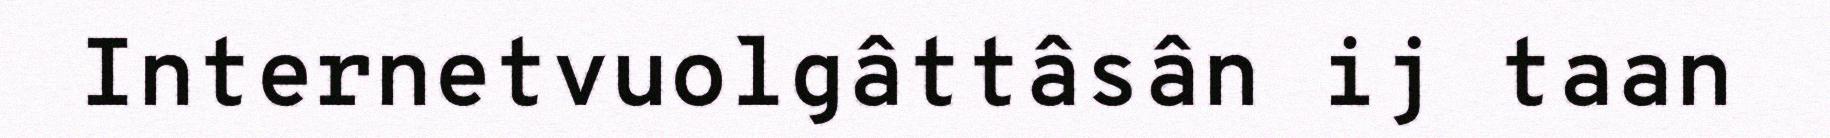
Internetvuolgâttâsân ij taan